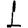
Digit: 1